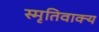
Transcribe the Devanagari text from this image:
स्मृतिवाक्य